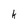
Character: k